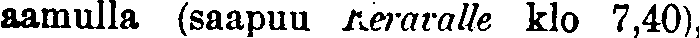
aamulla (saapuu Keravalle klo 7,40),